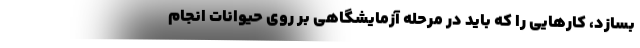
بسازد، کارهایی را که باید در مرحله آزمایشگاهی بر روی حیوانات انجام